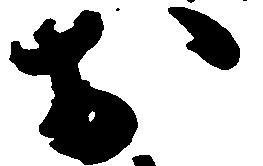
於